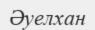
Әуелхан